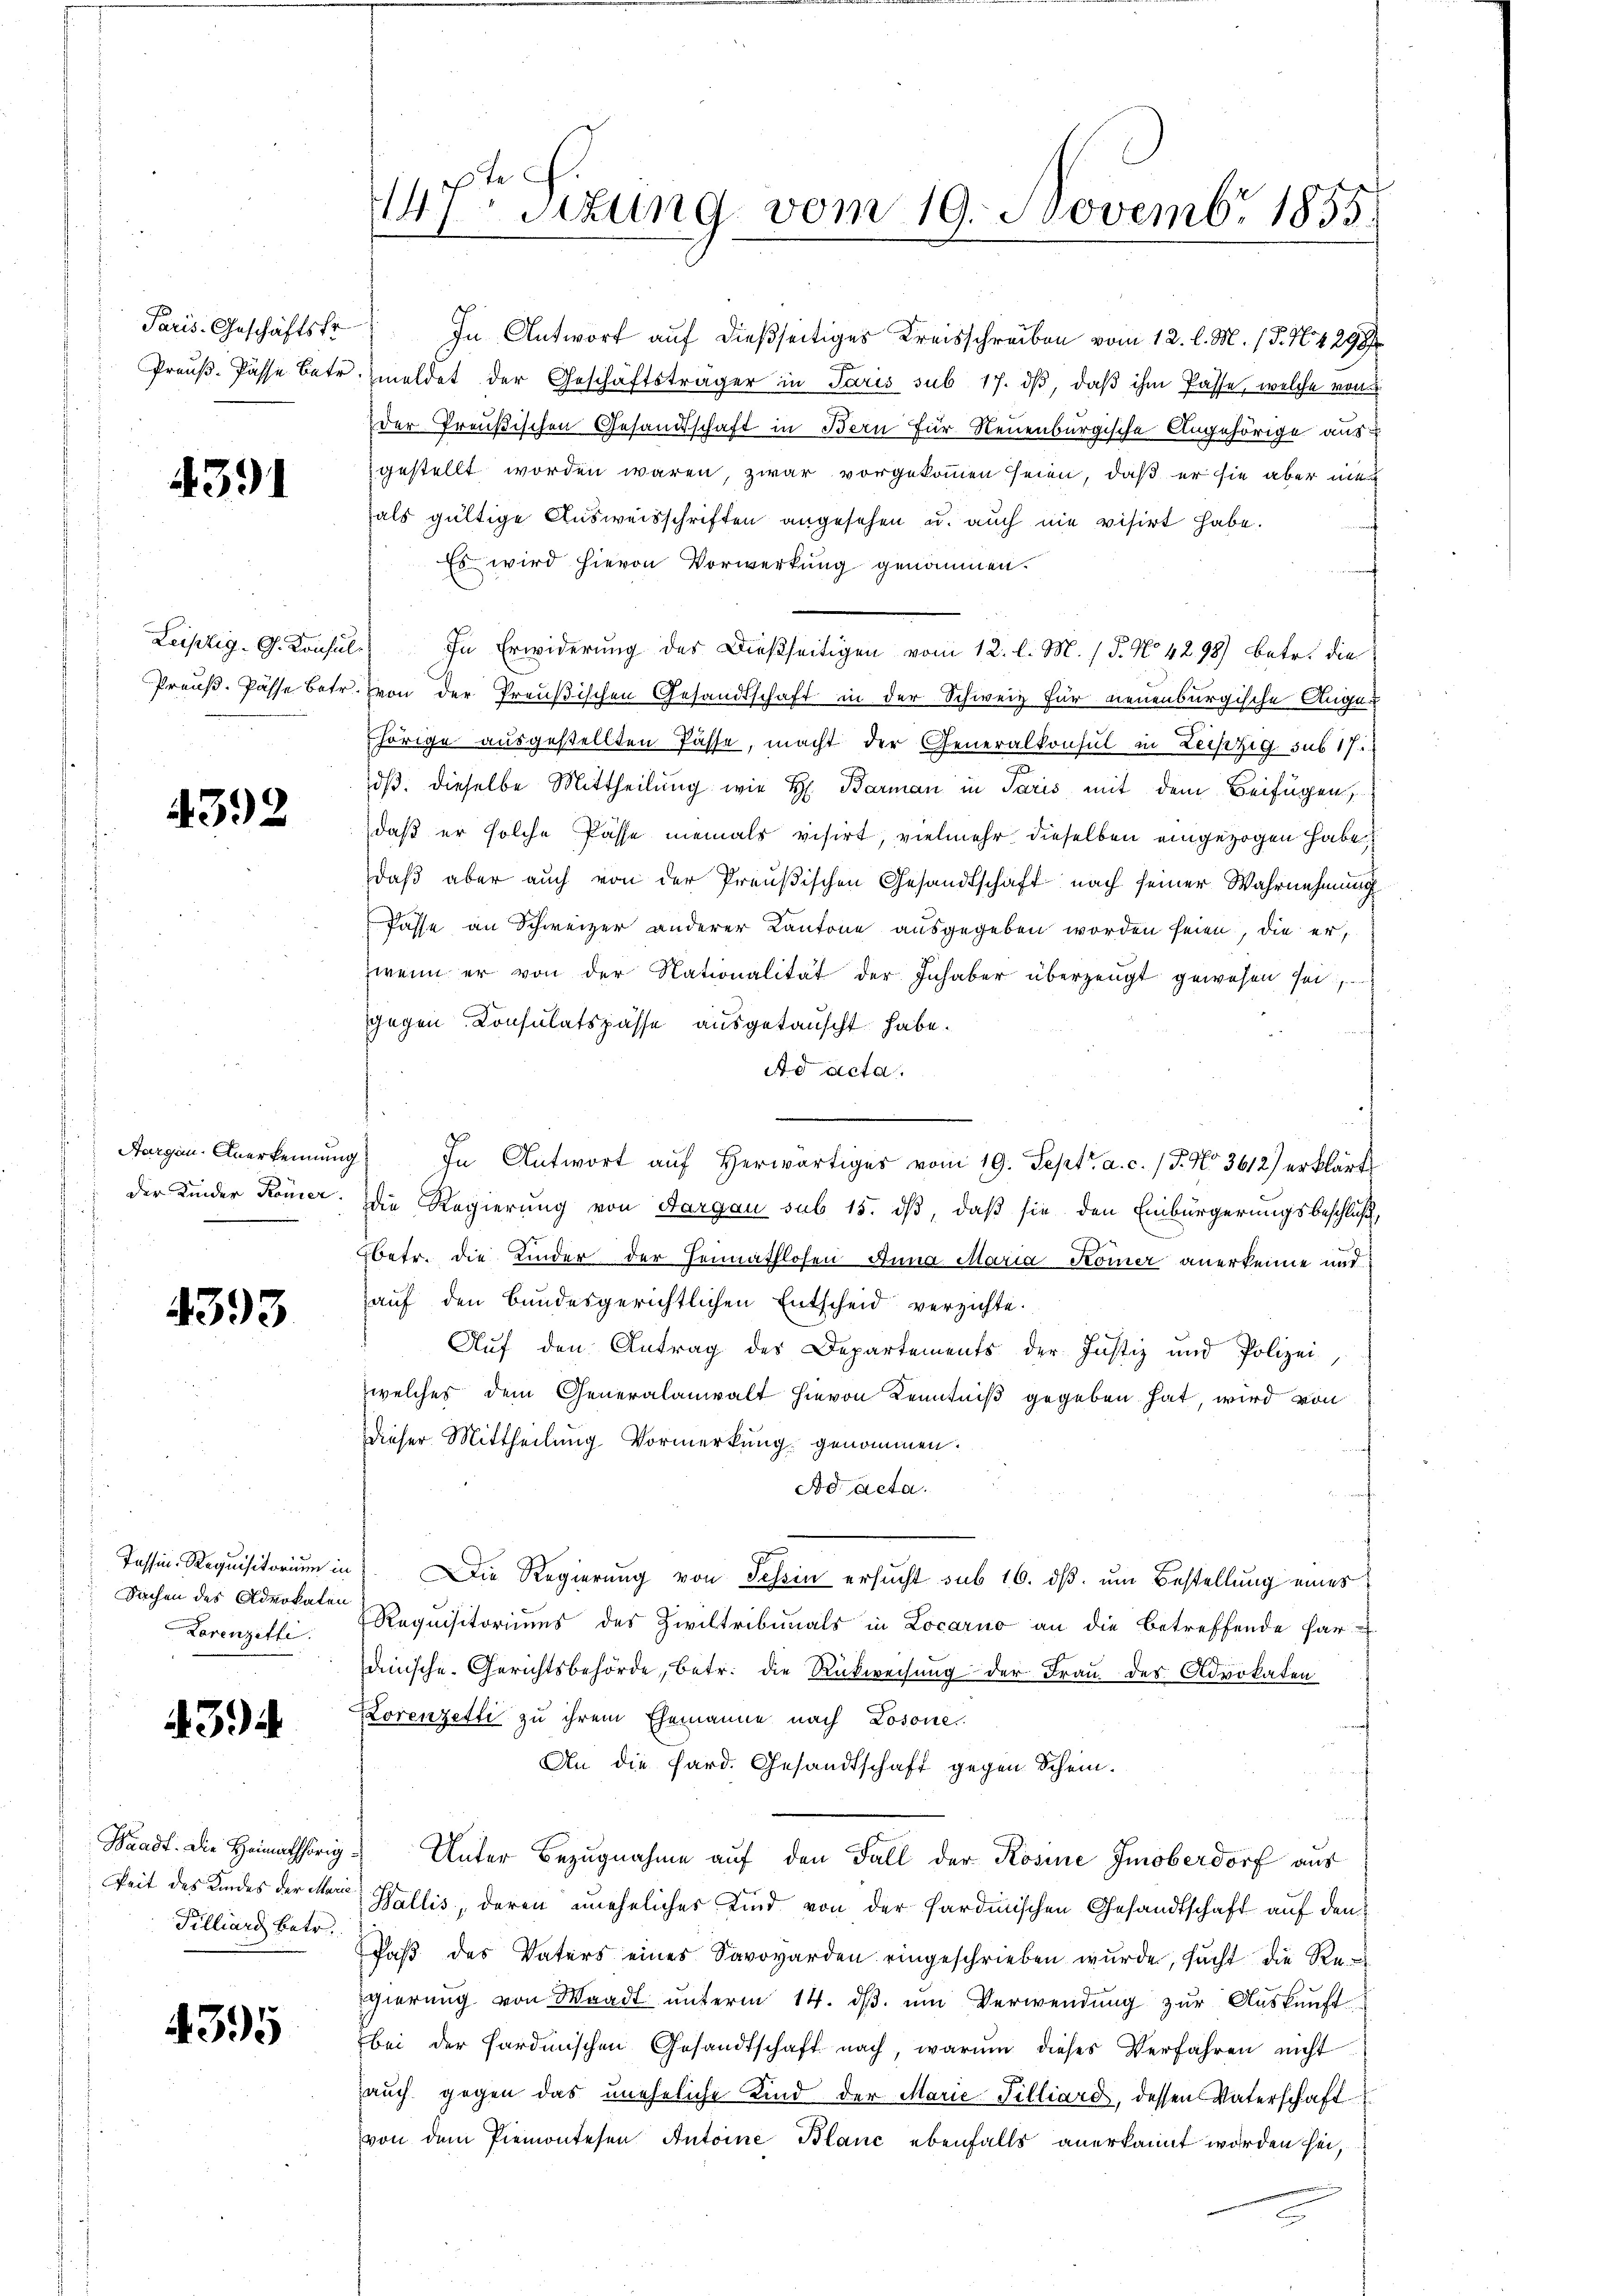
Paris. Geschäftsfr.

4391

4392

Aargau. Anerkennung
der Kinder Römer.

4393

Sachen des Advokaten
Lorenzelli

43

Zeit des Kindes der Marie
Tilliard betr.

4395

147. Situng vom 19. Novembr 1855.

In Antwort auf dießseitiges Kreisschreiben vom 12. l. M. (T. N. 4 298
Preŭβ-Pässe betr. meldet der Geschäftsträger in Paris sub 17. dβ, daß ihm Pässe, welche von
der Preußischen Gesandtschaft in Bern für Neuenburgische Angehörige aus
gestellt worden wären, zwar vorgekommen seien, daß er sie aber ni
als gültige Ausweisschriften angesehen u. auch nie visirt habe.
Es wird hievon Vorwerkung genommen.
Leipzig. G. Konsul. In Erwiderung des Dießseitigen vom 12. l. M. (T. No 4298) betr. die
Preuß. Pässe betr. Von der Preußischen Gesandtschaft in der Schweiz für neuenburgische Angehörige ausgestellten Pässe, macht der Generalkonsul in Leistig sub 17
dß. dieselbe Mittheilung wie H. Barman in Paris, mit dem Beifügen,
daß er solche Pässe niemals visirt, vielmehr dieselben eingezogen habe
daß aber auch von der Preußischen Gesandtschaft nach seiner Wahrnehmung
Pässe an Schweizer anderer Kantone ausgegeben worden seien, die er,
zwen er von der Nationalität der Inhaber überzeugt gewesen sei
gegen Consulatspasse ausgetauscht habe.
Ad acta.
.
g) In Antwort aŭf herwärtiges vom 19. Sept. a. c. (T. No. 3612) erklärt
Die Regierung von Aargau sub 15. dß, daß sie den Einbürgerungsbeschluß,
Ebetr. die Kinder der Heimathlosen Anna Maria Komer anerkenne und
auf den Bundesgerichtlichen Entscheid verzichte.
Auf den Antrag des Departements der Justiz und Polizei,
welches dem Generalanwalt hievon Kenntniß gegeben hat, wird von
Dieser Mittheilung Vormerkung genommen.
Ad Acta.
Tessin Requisitorium in Die Regierung von Schein ersucht sub 16. dß. um Bestellung eines
Requisitoriums des Ziviltribunals in Locarno an die betreffende har-
anische Gerichtsbehörde, betr. die Rückweisung der Frau des Advokaten
Lorenzetti zu ihrem Ehemanne nach Losone
An die fard. Gesandtschaft gegen Schein.
Waadt. die Heimathörig Unter Bezŭgnahme aŭf den Fall der Rosine Imöberdorf aus
Wallis, deren uneheliches Kind von der Sardinischen Gesandtschaft auf den
Paβ des Vaters eines Savovarden eingeschrieben wŭrde, sacht die Re-
gierung von Waadt unterm 14. ds. um Verwendung zur Auskunft
bei der Hardinischen Gesandtschaft nach, warum dieses Verfahren nicht
auch gegen das uneheliche Kind der Marie Tilliard, dessen Vaterschaft
von dem Piemontesen Antoine Blanc ebenfalls anerkannt worden sei,